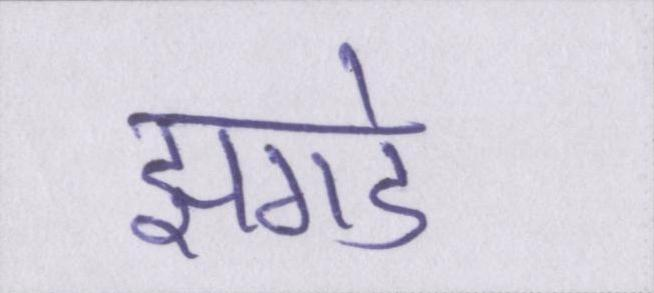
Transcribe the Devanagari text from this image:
झगडे